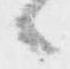
候